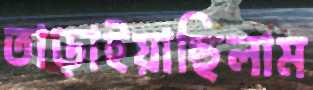
তাড়াইয়াছিলাম